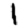
Digit: 1